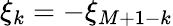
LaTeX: \xi_{k}=-\xi_{M+1-k}